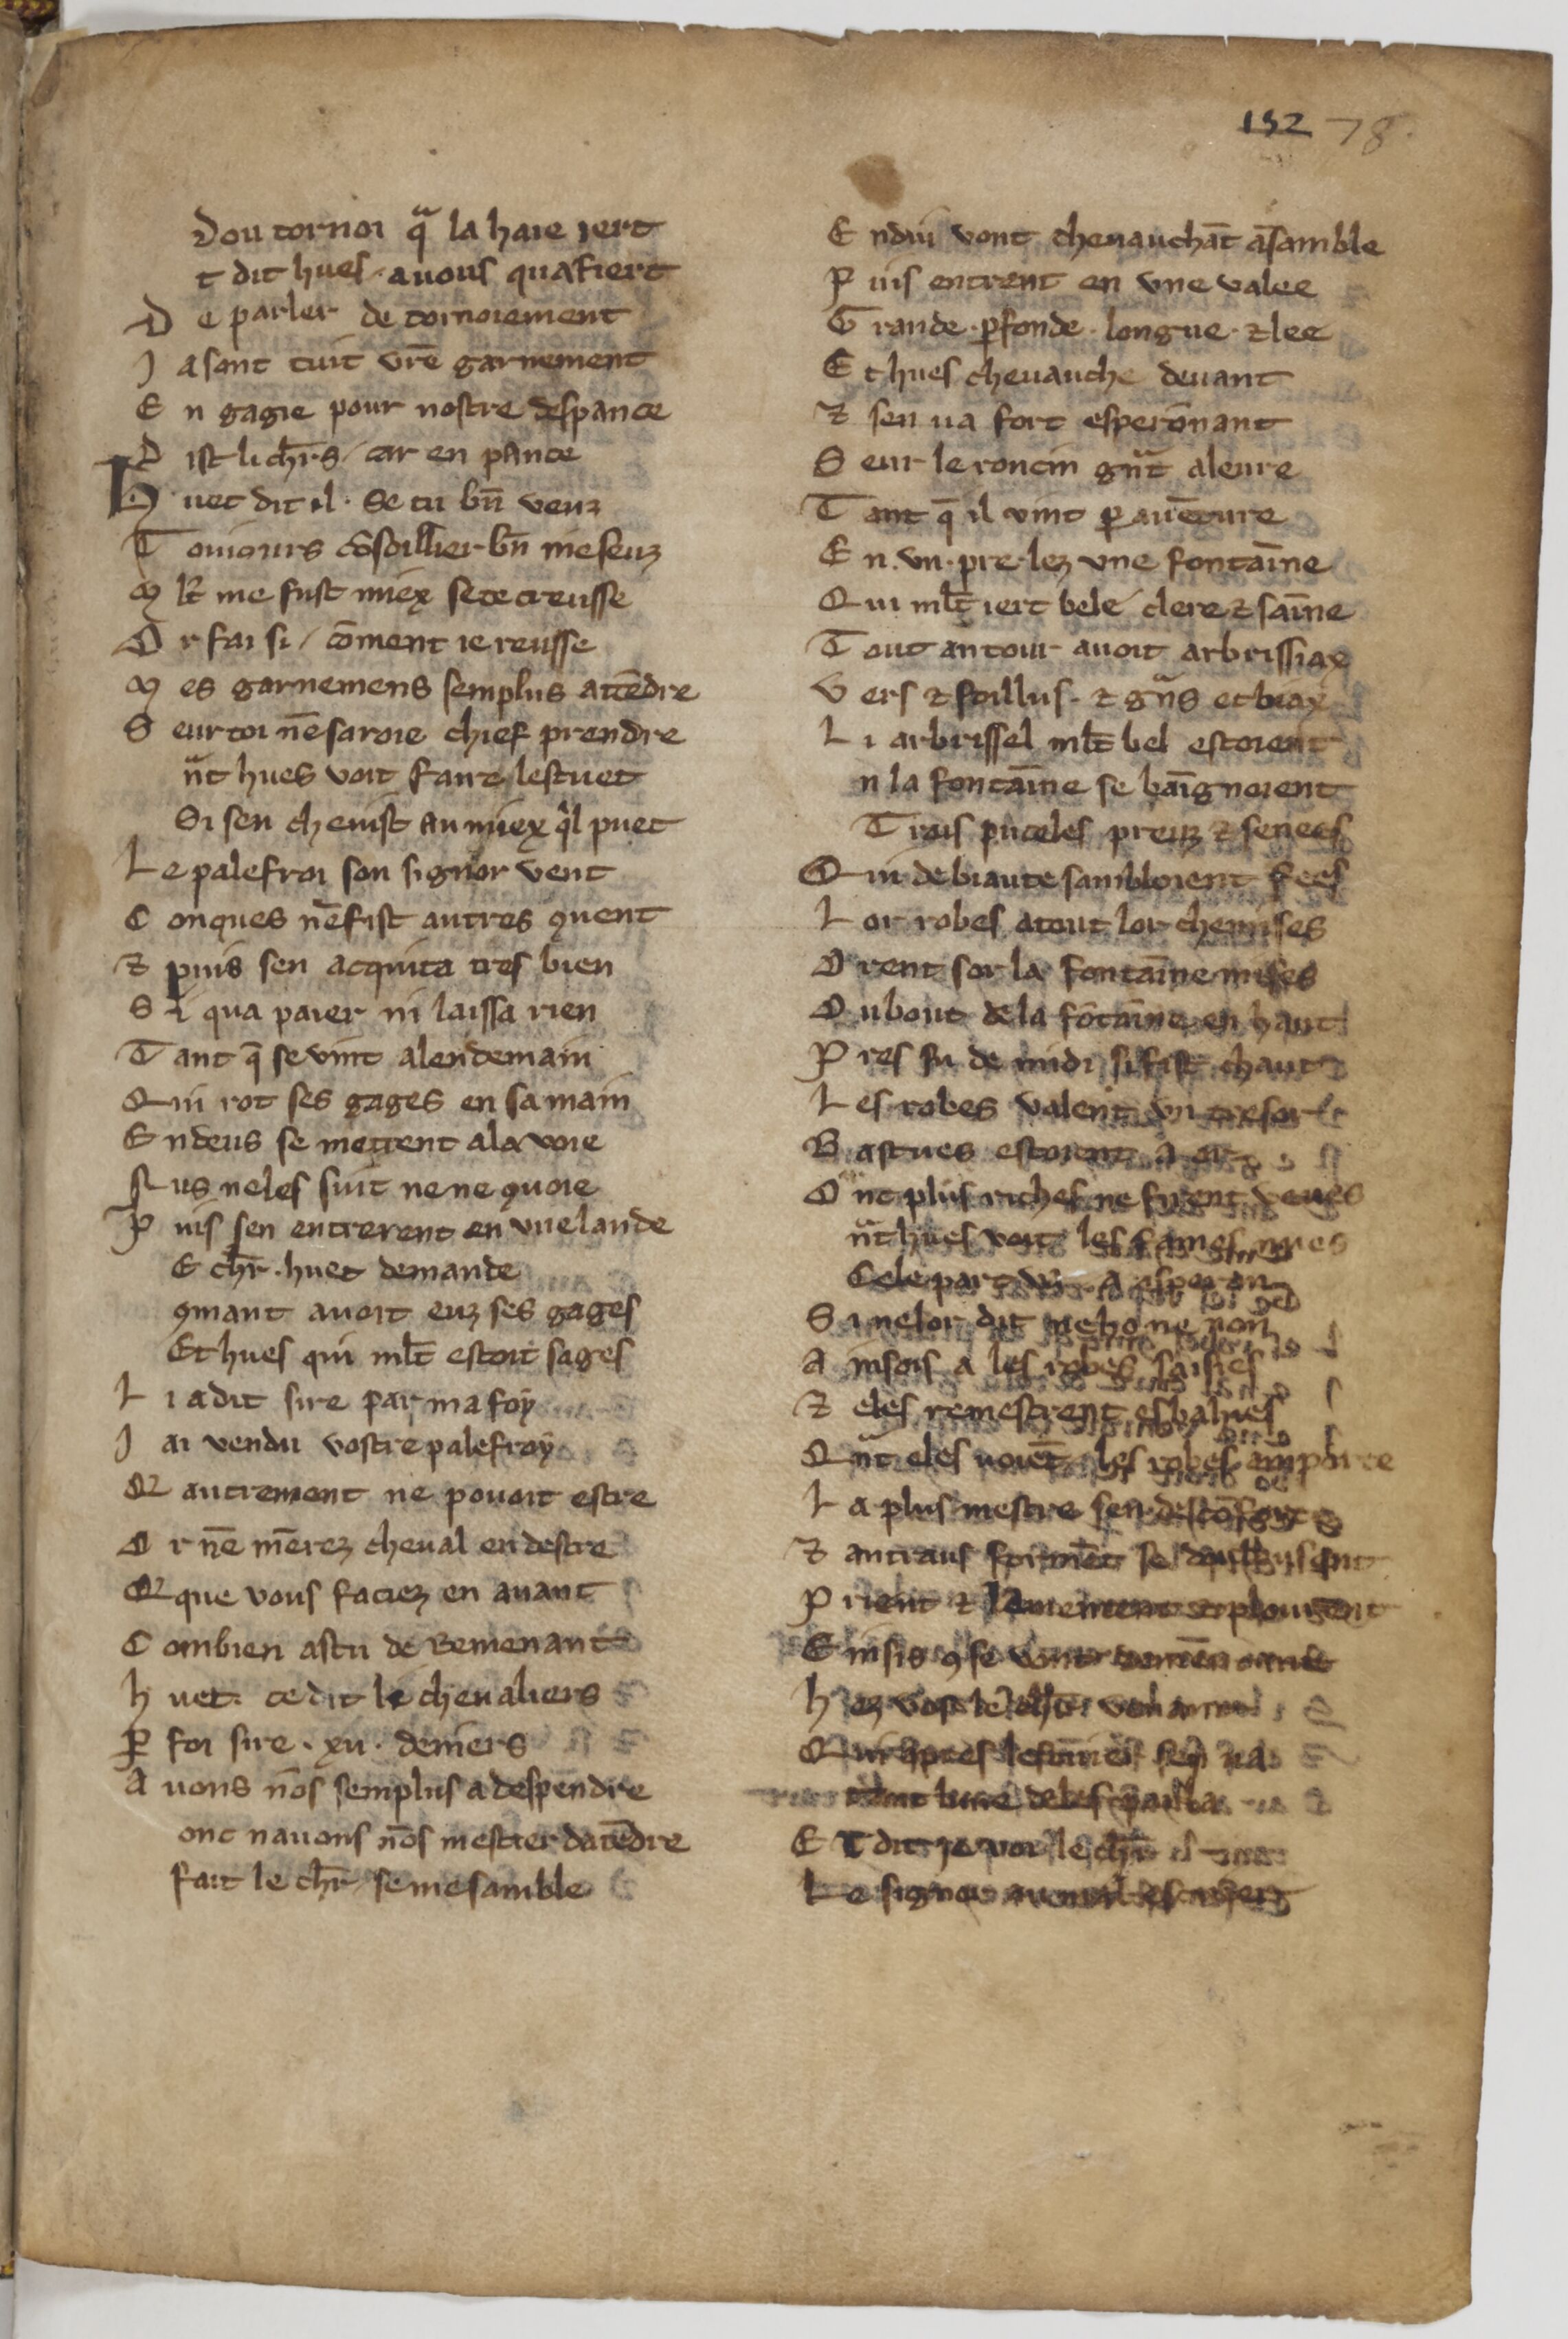
Shelfmark: Paris, BnF, fr. 25545
Century: 14